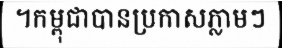
។កម្ពុជាបានប្រកាសភ្លាមៗ